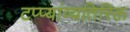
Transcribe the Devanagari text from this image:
टप्प्यांव्यतिरिक्त